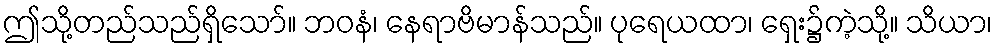
ဤသို့တည်သည်ရှိသော်။ ဘဝနံ၊ နေရာဗိမာန်သည်။ ပုရေယထာ၊ ရှေး၌ကဲ့သို့။ သိယာ၊